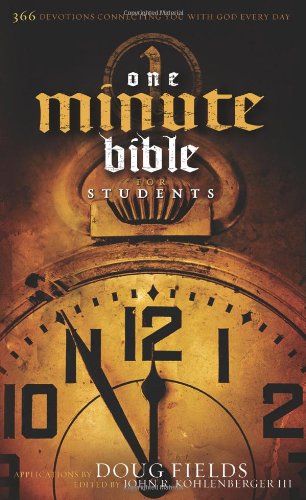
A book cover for The HCSB One Minute Bible for Students, Trade Paper: 366 Devotions Connecting You with God Every Day; Christian Books & Bibles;